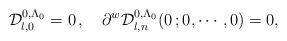
LaTeX: \begin{align*}\mathcal{D}^{0, \Lambda_0}_{l,0} = 0 \, , \quad \partial ^w \mathcal{D}^{0, \Lambda_0}_{l,n} (0 \, ;0, \cdots, 0) = 0 ,\end{align*}